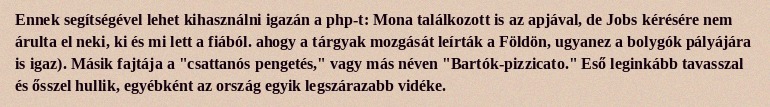
Ennek segítségével lehet kihasználni igazán a php-t: Mona találkozott is az apjával, de Jobs kérésére nem árulta el neki, ki és mi lett a fiából. ahogy a tárgyak mozgását leírták a Földön, ugyanez a bolygók pályájára is igaz). Másik fajtája a "csattanós pengetés," vagy más néven "Bartók-pizzicato." Eső leginkább tavasszal és ősszel hullik, egyébként az ország egyik legszárazabb vidéke.